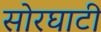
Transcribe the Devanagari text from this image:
सोरघाटी